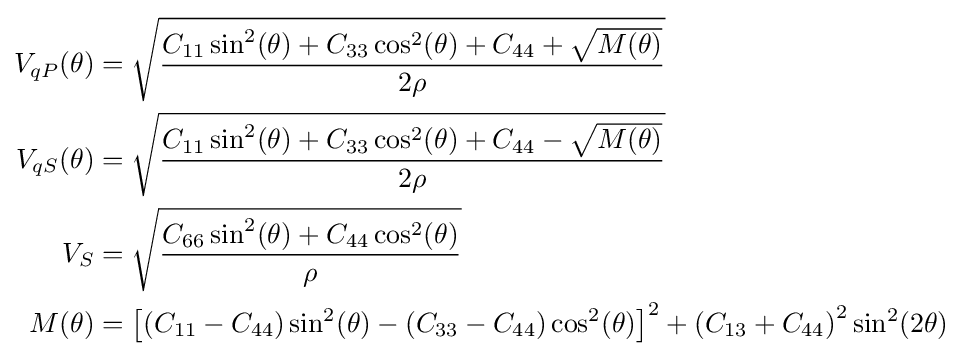
{\begin{aligned}V_{qP}(\theta )&={\sqrt {\frac {C_{11}\sin ^{2}(\theta )+C_{33}\cos ^{2}(\theta )+C_{44}+{\sqrt {M(\theta )}}}{2\rho }}}\\V_{qS}(\theta )&={\sqrt {\frac {C_{11}\sin ^{2}(\theta )+C_{33}\cos ^{2}(\theta )+C_{44}-{\sqrt {M(\theta )}}}{2\rho }}}\\V_{S}&={\sqrt {\frac {C_{66}\sin ^{2}(\theta )+C_{44}\cos ^{2}(\theta )}{\rho }}}\\M(\theta )&=\left[\left(C_{11}-C_{44}\right)\sin ^{2}(\theta )-\left(C_{33}-C_{44}\right)\cos ^{2}(\theta )\right]^{2}+\left(C_{13}+C_{44}\right)^{2}\sin ^{2}(2\theta )\\\end{aligned}}